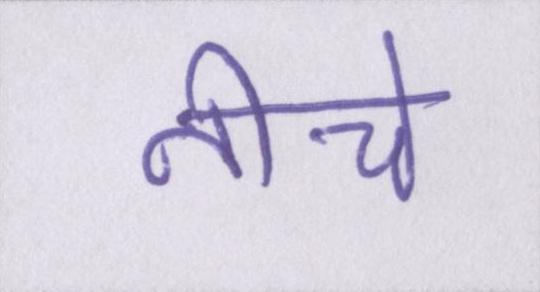
नीचे